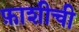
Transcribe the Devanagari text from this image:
फ़ाशीची